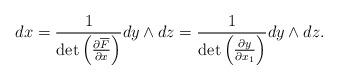
LaTeX: \begin{align*}dx=\frac{1}{\det\left(\frac{\partial\overline{F}}{\partial x}\right)}dy\wedge dz=\frac{1}{\det\left(\frac{\partial y}{\partial x_{1}}\right)}dy\wedge dz.\end{align*}